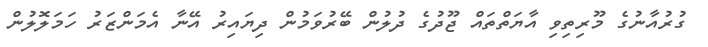
ގުރުއާނުގެ މޫރިތިވި އާޔަތްތައް ޖޫދުގެ ދުލުން ބޭރުވަމުން ދިޔައިރު އޭނާ އެމަންޒަރު ހަމަލޮލުން